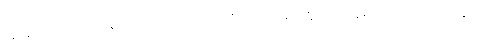
အာရုဠကေသေ၊ စည်ပင်ရှည်သောဆံတို့ကို။ ဩဟာရေတွာ၊ ပယ်ချ၍။ မလဂ္ဂဟိတပတ္တာ၊